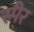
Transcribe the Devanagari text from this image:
स्पे्र